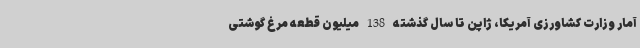
آمار وزارت کشاورزی آمریکا، ژاپن تا سال گذشته 138 میلیون قطعه مرغ گوشتی